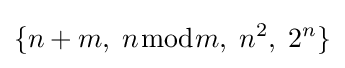
\{n+m,\;n{\bmod {m}},\;n^{2},\;2^{n}\}